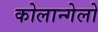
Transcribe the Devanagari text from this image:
कोलान्गेलो